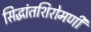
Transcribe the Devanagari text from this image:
सिद्धांतशिरोमणी